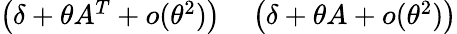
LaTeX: \begin{array}{rl}{\left(\delta+\theta A^{T}+o(\theta^{2})\right)}&{{}\left(\delta+\theta A+o(\theta^{2})\right)}\end{array}